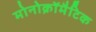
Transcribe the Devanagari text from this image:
मोनोक्रॉमैटिक